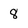
Character: 8